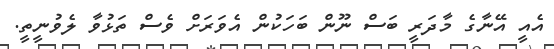
އެއީ އޭނާގެ މާދަރީ ބަސް ނޫން ބަހަކުން އެވަރަށް ވެސް ތަޅުވާ ލެވުނީތީ.